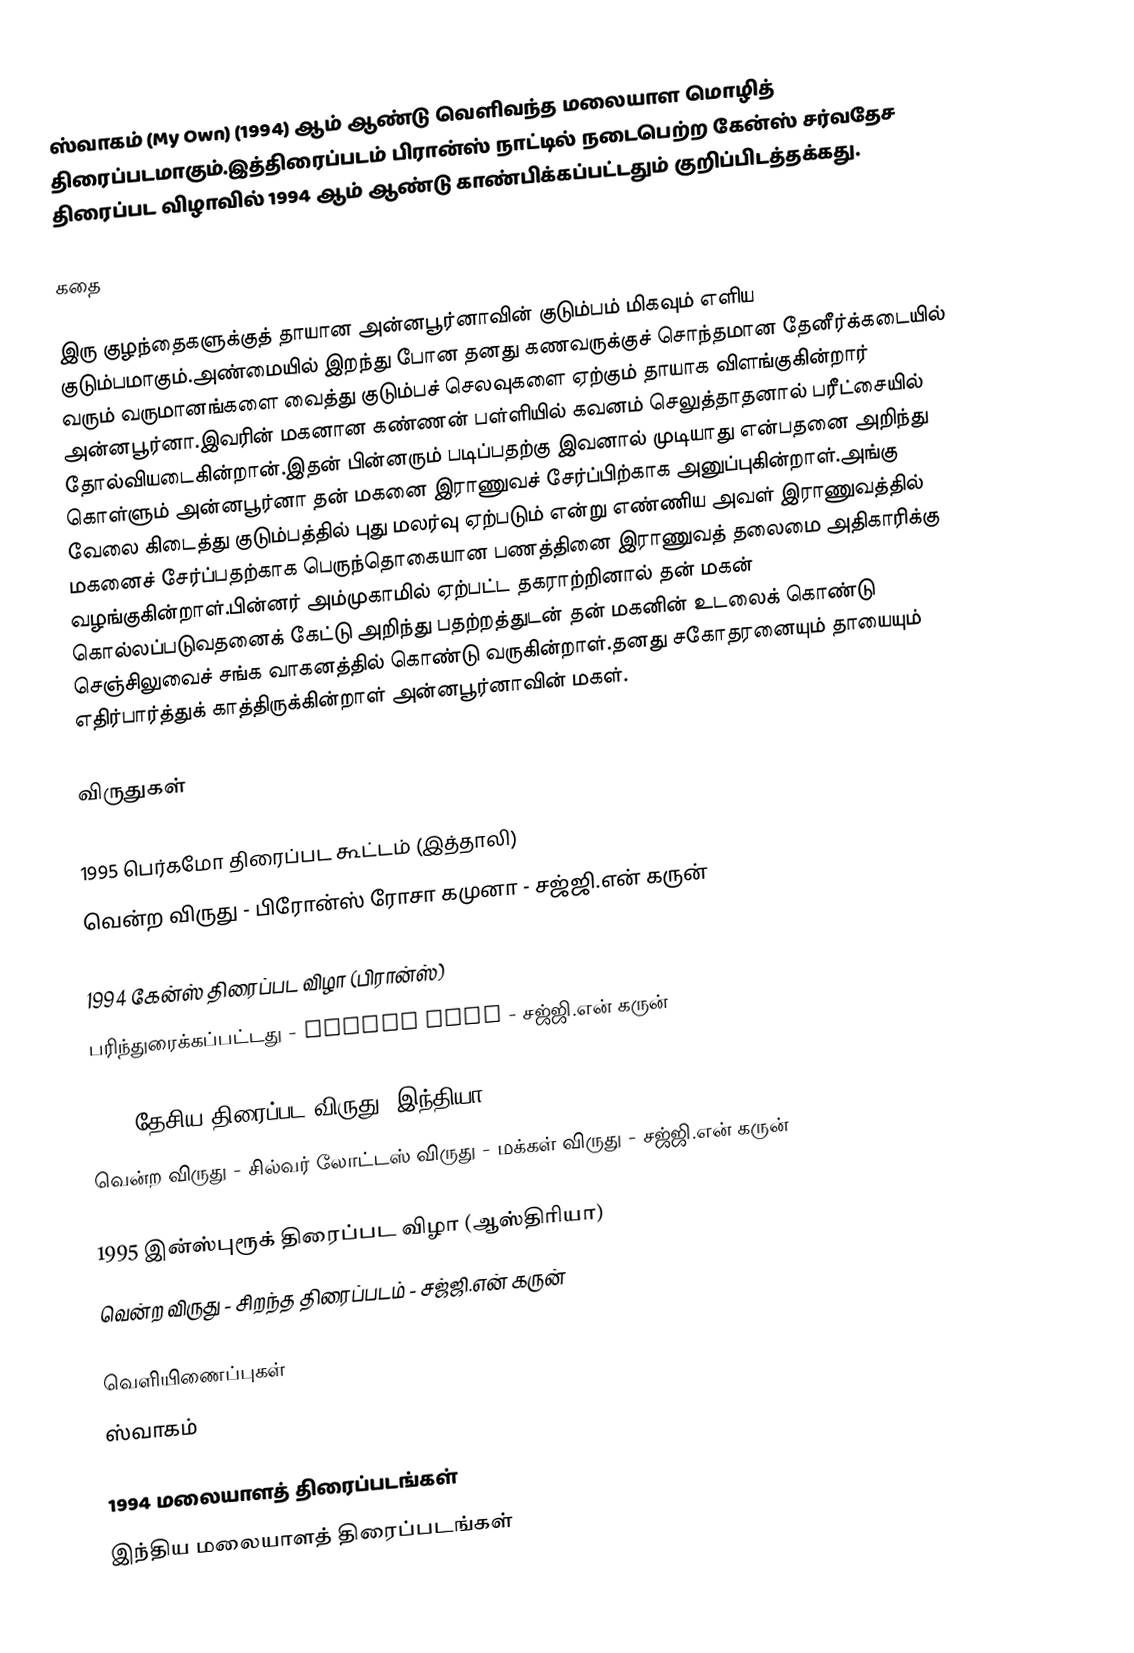
ஸ்வாகம் (My Own) (1994)  ஆம் ஆண்டு வெளிவந்த மலையாள மொழித் திரைப்படமாகும்.இத்திரைப்படம் பிரான்ஸ் நாட்டில் நடைபெற்ற கேன்ஸ் சர்வதேச திரைப்பட விழாவில் 1994 ஆம் ஆண்டு காண்பிக்கப்பட்டதும் குறிப்பிடத்தக்கது.

கதை

இரு குழந்தைகளுக்குத் தாயான அன்னபூர்னாவின் குடும்பம் மிகவும் எளிய குடும்பமாகும்.அண்மையில் இறந்து போன தனது கணவருக்குச் சொந்தமான தேனீர்க்கடையில் வரும் வருமானங்களை வைத்து குடும்பச் செலவுகளை ஏற்கும் தாயாக விளங்குகின்றார் அன்னபூர்னா.இவரின் மகனான கண்ணன் பள்ளியில் கவனம் செலுத்தாதனால் பரீட்சையில் தோல்வியடைகின்றான்.இதன் பின்னரும் படிப்பதற்கு இவனால் முடியாது என்பதனை அறிந்து கொள்ளும் அன்னபூர்னா தன் மகனை இராணுவச் சேர்ப்பிற்காக அனுப்புகின்றாள்.அங்கு வேலை கிடைத்து குடும்பத்தில் புது மலர்வு ஏற்படும் என்று எண்ணிய அவள் இராணுவத்தில் மகனைச் சேர்ப்பதற்காக பெருந்தொகையான பணத்தினை இராணுவத் தலைமை அதிகாரிக்கு வழங்குகின்றாள்.பின்னர் அம்முகாமில் ஏற்பட்ட தகராற்றினால் தன் மகன் கொல்லப்படுவதனைக் கேட்டு அறிந்து பதற்றத்துடன் தன் மகனின் உடலைக் கொண்டு செஞ்சிலுவைச் சங்க வாகனத்தில் கொண்டு வருகின்றாள்.தனது சகோதரனையும் தாயையும் எதிர்பார்த்துக் காத்திருக்கின்றாள் அன்னபூர்னாவின் மகள்.

விருதுகள்

1995 பெர்கமோ திரைப்பட கூட்டம் (இத்தாலி)
 வென்ற விருது - பிரோன்ஸ் ரோசா கமுனா - சஜ்ஜி.என் கருன்

1994 கேன்ஸ் திரைப்பட விழா (பிரான்ஸ்)
 பரிந்துரைக்கப்பட்டது - Golden Palm - சஜ்ஜி.என் கருன்

1995 தேசிய திரைப்பட விருது (இந்தியா)
 வென்ற விருது - சில்வர் லோட்டஸ் விருது - மக்கள் விருது - சஜ்ஜி.என் கருன்

1995 இன்ஸ்புரூக் திரைப்பட விழா (ஆஸ்திரியா)
 வென்ற விருது - சிறந்த திரைப்படம்  - சஜ்ஜி.என் கருன்

வெளியிணைப்புகள்
ஸ்வாகம்

1994 மலையாளத் திரைப்படங்கள்
இந்திய மலையாளத் திரைப்படங்கள்